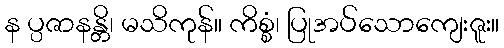
န ပ္ပဇာနန္တိ၊ မသိကုန်။ ကိစ္စံ၊ ပြုအပ်သောကျေးဇူး။